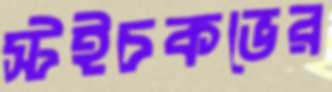
স্টইচকভের